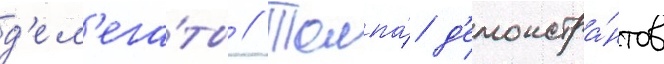
д'ел'ега́ты // Толпа́ д'емонстра́нтов